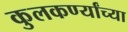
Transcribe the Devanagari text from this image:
कुलकर्ण्यांच्या